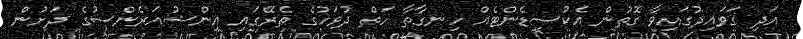
އަދި ގަވައިދުގައިވާ ގޮތުން އެކުސިޑެންޓެއް ހިނގާތާ ހަތް ދުވަހުގެ ތެރޭގައި އިންޝުއަރެންސުގެ ދަށުން